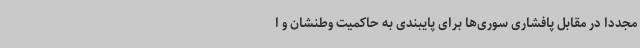
مجدداً در مقابل پافشاری سوری‌ها برای پایبندی به حاکمیت وطنشان و ا